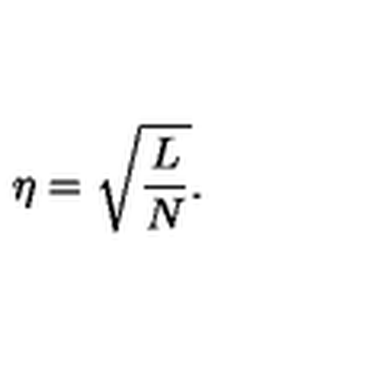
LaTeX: \eta = \sqrt { { \frac { L } { N } } } .